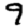
Digit: 9